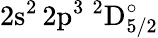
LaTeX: \mathrm{2s^{2}\, 2p^{3}~^{2}D_{5/2}^{\circ}}